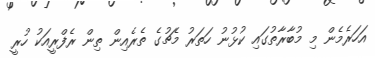
އަހަރެމެން މި މުބާރާތުގައި ކުޅުނު ހަތަރު މެޗުގެ ތެރެއިން ތިން ރެފްރީއަކު ހުރީ